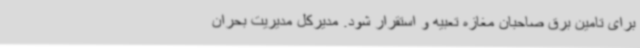
برای تامین برق صاحبان مغازه تعبیه و استقرار شود. مدیرکل مدیریت بحران